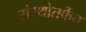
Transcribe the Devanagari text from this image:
संस्थोतर्फेच